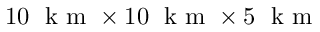
1 0 \; \mathrm { ~ k ~ m ~ } \times 1 0 \; \mathrm { ~ k ~ m ~ } \times 5 \; \mathrm { ~ k ~ m ~ }